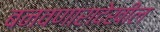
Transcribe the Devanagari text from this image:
बनवणारादेखील